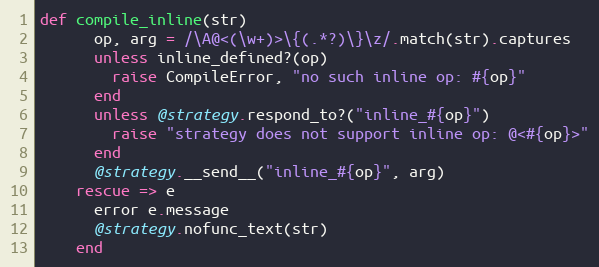
Language: Ruby
def compile_inline(str)
      op, arg = /\A@<(\w+)>\{(.*?)\}\z/.match(str).captures
      unless inline_defined?(op)
        raise CompileError, "no such inline op: #{op}"
      end
      unless @strategy.respond_to?("inline_#{op}")
        raise "strategy does not support inline op: @<#{op}>"
      end
      @strategy.__send__("inline_#{op}", arg)
    rescue => e
      error e.message
      @strategy.nofunc_text(str)
    end